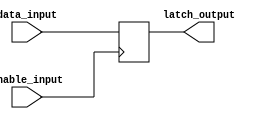
module Data_enable_latch (
    input wire data_input,
    input wire enable_input,
    output reg latch_output
);

always @(posedge enable_input) begin
    if(enable_input) begin
        latch_output <= data_input;
    end
end

endmodule